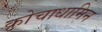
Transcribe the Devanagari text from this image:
कोचाधामिन